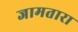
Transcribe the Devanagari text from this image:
जामतारा